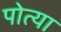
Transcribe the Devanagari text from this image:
पोत्या